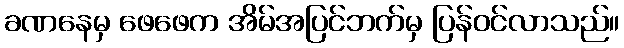
ခဏနေမှ ဖေဖေက အိမ်အပြင်ဘက်မှ ပြန်ဝင်လာသည်။